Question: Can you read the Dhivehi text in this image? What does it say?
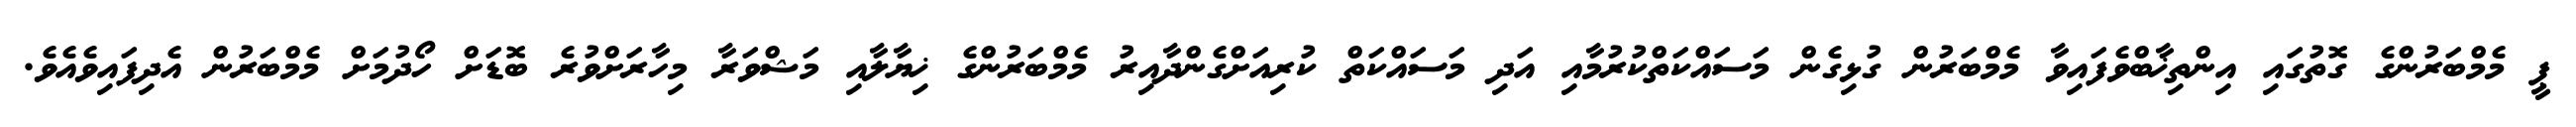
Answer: ޕީ މެމްބަރުންގެ ގޮތުގައި އިންތިޚާބްވެފައިވާ މެމްބަރުން ގުޅިގެން މަސައްކަތްކުރުމާއި އަދި މަސައްކަތް ކުރިއަށްގެންދާއިރު މެމްބަރުންގެ ޚިޔާލާއި މަޝްވަރާ މިހާރަށްވުރެ ބޮޑަށް ހޯދުމަށް މެމްބަރުން އެދިފައިވެއެވެ.